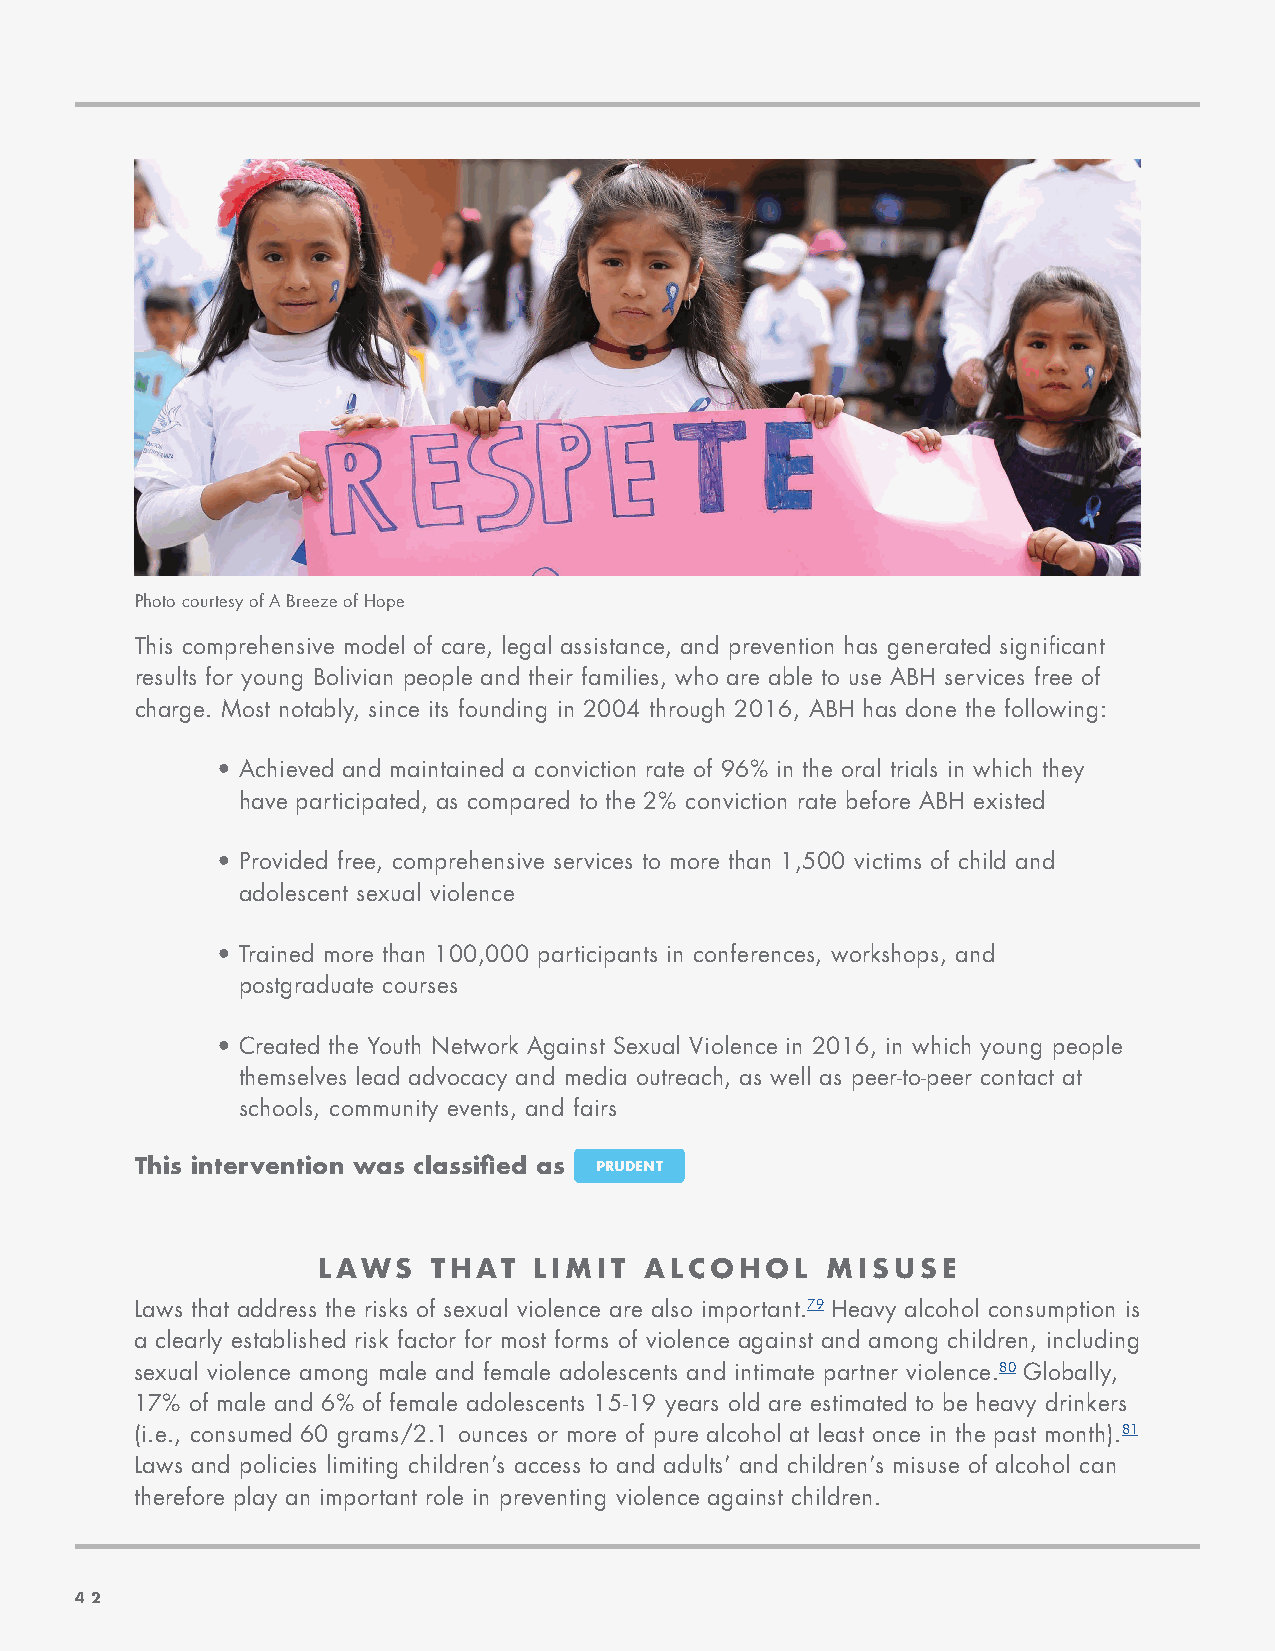
Photo courtesy of A Breeze of Hope
 This comprehensive model of care, legal assistance, and prevention has generated significant
 results for young Bolivian people and their families, who are able to use ABH services free of
 charge. Most notably, since its founding in 2004 through 2016, ABH has done the following:
 • Achieved and maintained a conviction rate of 96% in the oral trials in which they
 have participated, as compared to the 2% conviction rate before ABH existed
 • Provided free, comprehensive services to more than 1,500 victims of child and
 adolescent sexual violence
 • Trained more than 100,000 participants in conferences, workshops, and
 postgraduate courses
 This case study was conducted by
 • Created the Youth Network Against Sexual Violence in 2016, in which young people
 the Iris Group, Inc., in collaboration
 themselves lead advocacy and media outreach, as well as peer-to-peer contact at
 with A Breeze of Hope Foundation,
 schools, community events, and fairs Together for Girls and the Global
 Women's Institute.
 This intervention was classified as PRUDENT
 For more information on ABH:
 LAWS    THAT  LIMIT   ALCOHOL     MISUSE
 www.abreezeofhope.org
 Laws that address the risks of sexual violence are also important.79 Heavy alcohol consumption is
 a clearly established risk factor for most forms of violence against and among children, including
 parkerpalmer@abreezeofhope.org
 sexual violence among male and female adolescents and intimate partner violence.80 Globally,
 17% of male and 6% of female adolescents 15-19 years old are estimated to be heavy drinkers
 brisadeangulo@abreezeofhope.org
 (i.e., consumed 60 grams/2.1 ounces or more of pure alcohol at least once in the past month).81
 Laws and policies limiting children’s access to and adults’ and children’s misuse of alcohol can
 484–494–6598
 therefore play an important role in preventing violence against children.
 4422